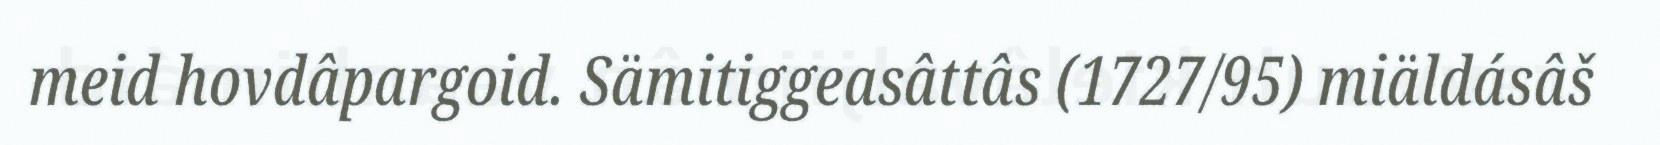
meid hovdâpargoid. Sämitiggeasâttâs (1727/95) miäldásâš